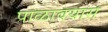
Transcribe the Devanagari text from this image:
पाळावयास